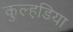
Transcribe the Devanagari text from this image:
कुल्हडि़या